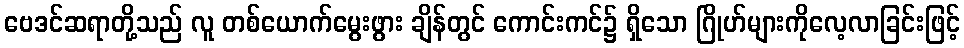
ဗေဒင်ဆရာတို့သည် လူ တစ်ယောက်မွေးဖွား ချိန်တွင် ကောင်းကင်၌ ရှိသော ဂြိုဟ်များကိုလေ့လာခြင်းဖြင့်